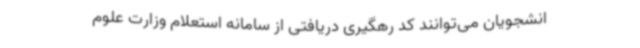
انشجویان می‌توانند کد رهگیری دریافتی از سامانه استعلام وزارت علوم